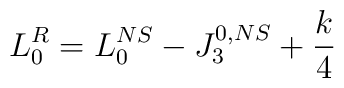
L_0^{R}=L_{0}^{NS}-J_{3}^{0,NS}+{k\over 4}